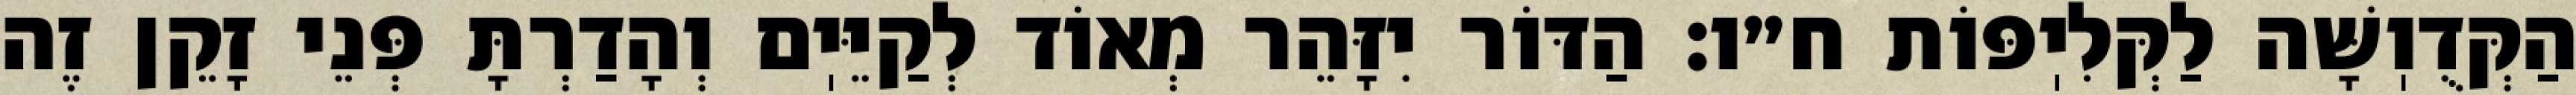
הַקְּדֻוֽשָּׁה לַקְּלִיֽפּוֹת ח״ו: הַדּוֹר יִזָּהֵר מְאוֹד לְקַיֵּיֽם וְהָדַרְתָּ פְּנֵי זָקֵן זֶה